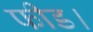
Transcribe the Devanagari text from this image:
फीड।